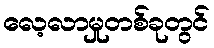
လေ့လာမှုတစ်ခုတွင်